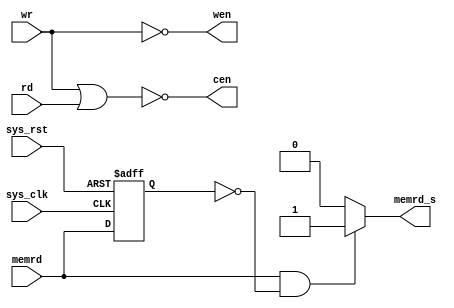
//------------------------------------------------------------------------
// Copyright (c) 2009, HHIC
// HHIC Confidential Proprietary
//------------------------------------------------------------------------
// TYPE : module
// DEPARTMENT : Design
// AUTHOR  S EMAIL : lishuang@hhic.com
//------------------------------------------------------------------------
// Release history
// VERSION | Date     | AUTHOR       |  DESCRIPTION
// 0.1     | 09/4/23  | Shuang Li    |  combination logic for ram/rom interface
//------------------------------------------------------------------------
// PURPOSE :
//------------------------------------------------------------------------
// PARAMETERS
// PARAM NAME RANGE : DESCRIPTION : DEFAULT : VA UNITS
// N.A.
//------------------------------------------------------------------------
// REUSE ISSUES : N.A.
// Reset Strategy : N.A.
// Clock Domains : N.A.
// Critical Timing : N.A.
// Test Features : N.A.
// Asynchronous I/F : N.A.
// Scan Methodology : N.A.
// Instantiations : N.A.
//
//------------------------------------------------------------------------

module cen_wen(
       sys_clk,
       sys_rst,
       wr     ,
       rd     ,
       cen    ,
       wen    ,
       memrd  ,
       memrd_s
       );

input wr;
input rd;

input sys_clk;
input sys_rst;

input  memrd;
output memrd_s;

output cen;
output wen;

assign cen = ~(wr | rd);
assign wen = ~wr       ;

//delay memrd       
reg    memrd_d; 
always @(posedge sys_clk or posedge sys_rst) begin
    if(sys_rst)
      memrd_d <= 1'b0;
    else
      memrd_d <= memrd;
end       

//memrd from 8051 is 2 sys_clk cycle
//output memrd_s as 1 sys_clk cycle for peripheral use
reg    memrd_s; //combinational logic
always @(*) begin
    if((memrd==1'b1) && (memrd_d==1'b0))
      memrd_s = 1'b1;
    else
      memrd_s = 1'b0;  
end
      
endmodule